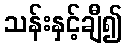
သန်းနှင့်ချီ၍